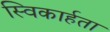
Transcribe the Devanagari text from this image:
स्विकार्हता